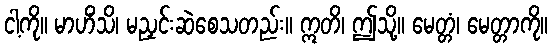
ငါ့ကို။ မာဟိံသိ၊ မညှင်းဆဲစေသတည်း။ ဣတိ၊ ဤသို့။ မေတ္တံ၊ မေတ္တာကို။